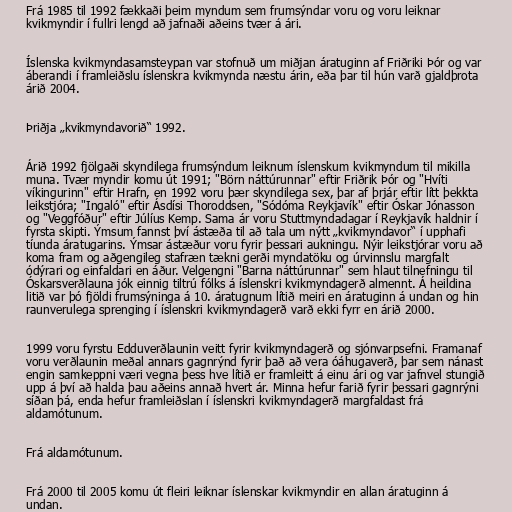
Frá 1985 til 1992 fækkaði þeim myndum sem frumsýndar voru og voru leiknar
kvikmyndir í fullri lengd að jafnaði aðeins tvær á ári.

Íslenska kvikmyndasamsteypan var stofnuð um miðjan áratuginn af Friðriki Þór og var
áberandi í framleiðslu íslenskra kvikmynda næstu árin, eða þar til hún varð gjaldþrota
árið 2004.

Þriðja „kvikmyndavorið“ 1992.

Árið 1992 fjölgaði skyndilega frumsýndum leiknum íslenskum kvikmyndum til mikilla
muna. Tvær myndir komu út 1991; "Börn náttúrunnar" eftir Friðrik Þór og "Hvíti
víkingurinn" eftir Hrafn, en 1992 voru þær skyndilega sex, þar af þrjár eftir lítt þekkta
leikstjóra; "Ingaló" eftir Ásdísi Thoroddsen, "Sódóma Reykjavík" eftir Óskar Jónasson
og "Veggfóður" eftir Júlíus Kemp. Sama ár voru Stuttmyndadagar í Reykjavík haldnir í
fyrsta skipti. Ýmsum fannst því ástæða til að tala um nýtt „kvikmyndavor“ í upphafi
tíunda áratugarins. Ýmsar ástæður voru fyrir þessari aukningu. Nýir leikstjórar voru að
koma fram og aðgengileg stafræn tækni gerði myndatöku og úrvinnslu margfalt
ódýrari og einfaldari en áður. Velgengni "Barna náttúrunnar" sem hlaut tilnefningu til
Óskarsverðlauna jók einnig tiltrú fólks á íslenskri kvikmyndagerð almennt. Á heildina
litið var þó fjöldi frumsýninga á 10. áratugnum lítið meiri en áratuginn á undan og hin
raunverulega sprenging í íslenskri kvikmyndagerð varð ekki fyrr en árið 2000.

1999 voru fyrstu Edduverðlaunin veitt fyrir kvikmyndagerð og sjónvarpsefni. Framanaf
voru verðlaunin meðal annars gagnrýnd fyrir það að vera óáhugaverð, þar sem nánast
engin samkeppni væri vegna þess hve lítið er framleitt á einu ári og var jafnvel stungið
upp á því að halda þau aðeins annað hvert ár. Minna hefur farið fyrir þessari gagnrýni
síðan þá, enda hefur framleiðslan í íslenskri kvikmyndagerð margfaldast frá
aldamótunum.

Frá aldamótunum.

Frá 2000 til 2005 komu út fleiri leiknar íslenskar kvikmyndir en allan áratuginn á
undan.